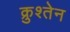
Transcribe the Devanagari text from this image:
क्रुश्तेन